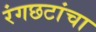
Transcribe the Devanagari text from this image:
रंगछटांचा